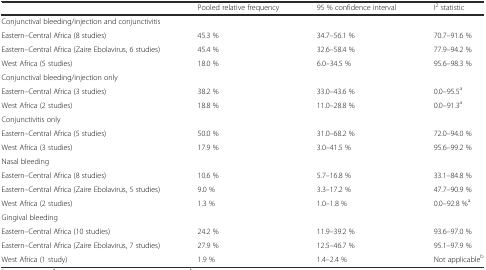
|  | Pooled relative frequency | 95 % confidence interval | I2 statistic |
 | --- | --- | --- | --- |
 | <COLSPAN=4> Conjunctival bleeding/injection and conjunctivitis |
 | Eastern–Central Africa (8 studies) | 45.3 % | 34.7–56.1 % | 70.7–91.6 % |
 | Eastern–Central Africa (Zaire Ebolavirus, 6 studies) | 45.4 % | 32.6–58.4 % | 77.9–94.2 % |
 | West Africa (5 studies) | 18.0 % | 6.0–34.5 % | 95.6–98.3 % |
 | <COLSPAN=4> Conjunctival bleeding/injection only |
 | Eastern–Central Africa (3 studies) | 38.2 % | 33.0–43.6 % | 0.0–95.5a |
 | West Africa (2 studies) | 18.8 % | 11.0–28.8 % | 0.0–91.3a |
 | <COLSPAN=4> Conjunctivitis only |
 | Eastern–Central Africa (5 studies) | 50.0 % | 31.0–68.2 % | 72.0–94.0 % |
 | West Africa (3 studies) | 17.9 % | 3.0–41.5 % | 95.6–99.2 % |
 | <COLSPAN=4> Nasal bleeding |
 | Eastern–Central Africa (8 studies) | 10.6 % | 5.7–16.8 % | 33.1–84.8 % |
 | Eastern–Central Africa (Zaire Ebolavirus, 5 studies) | 9.0 % | 3.3–17.2 % | 47.7–90.9 % |
 | West Africa (2 studies) | 1.3 % | 1.0–1.8 % | 0.0–92.8 %a |
 | <COLSPAN=4> Gingival bleeding |
 | Eastern–Central Africa (10 studies) | 24.2 % | 11.9–39.2 % | 93.6–97.0 % |
 | Eastern–Central Africa (Zaire Ebolavirus, 7 studies) | 27.9 % | 12.5–46.7 % | 95.1–97.9 % |
 | West Africa (1 study) | 1.9 % | 1.4–2.4 % | Not applicableb |